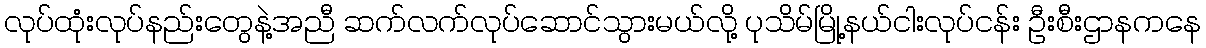
လုပ်ထုံးလုပ်နည်းတွေနဲ့အညီ ဆက်လက်လုပ်ဆောင်သွားမယ်လို့ ပုသိမ်မြို့နယ်ငါးလုပ်ငန်း ဦးစီးဌာနကနေ